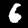
Digit: 6